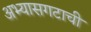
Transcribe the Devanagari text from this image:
अभ्यासगटाची